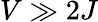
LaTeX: V\gg 2J